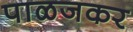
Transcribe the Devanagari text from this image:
पाळजकर